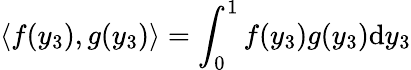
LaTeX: \left\langle f(y_{3}),g(y_{3})\right\rangle=\int_{0}^{1}f(y_{3})g(y_{3})\mathrm{d}y_{3}